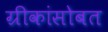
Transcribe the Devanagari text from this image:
ग्रीकांसोबत